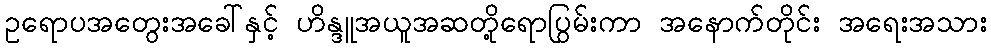
ဥရောပအတွေးအခေါ်နှင့် ဟိန္ဒူအယူအဆတို့ရောပြွမ်းကာ အနောက်တိုင်း အရေးအသား